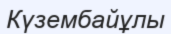
Күзембайұлы